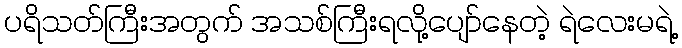
ပရိသတ်ကြီးအတွက် အသစ်ကြီးရလို့ပျော်နေတဲ့ ရဲလေးမရဲ့